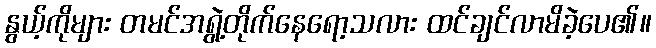
နွယ့်ကိုများ တမင်အရွဲ့တိုက်နေရော့သလား ထင်ချင်လာမိခဲ့ပေ၏။